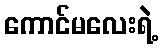
ကောင်မလေးရဲ့